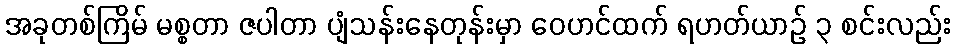
အခုတစ်ကြိမ် မစ္စတာ ဇပါတာ ပျံသန်းနေတုန်းမှာ ဝေဟင်ထက် ရဟတ်ယာဉ် ၃ စင်းလည်း